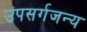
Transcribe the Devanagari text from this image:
उपसर्गजन्य